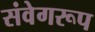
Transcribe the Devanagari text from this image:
संवेगरूप